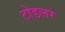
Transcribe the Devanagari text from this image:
टोडलर